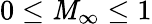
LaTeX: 0\leq\mathit{M}_{\infty}\leq1